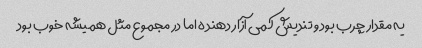
یه مقدار چرب بود و تندیش کمی آزار دهنده اما در مجموع مثل همیشه خوب بود